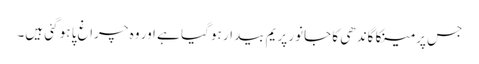
جس پر مینکا گاندھی کا جانور پریم بیدار ہو گیا ہے اور وہ چراغ پا ہو گئی ہیں۔